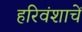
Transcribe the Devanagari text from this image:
हरिवंशाचें